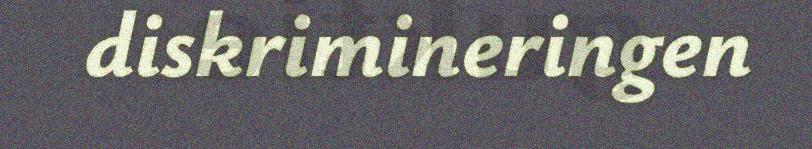
diskrimineringen